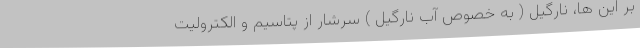
بر این ها، نارگیل ( به خصوص آب نارگیل ) سرشار از پتاسیم و الکترولیت